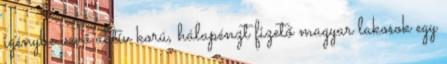
igénybe vevő aktív korú, hálapénzt fizető magyar lakosok egy